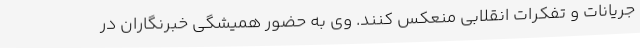
جریانات و تفکرات انقلابی منعکس کنند. وی به حضور همیشگی خبرنگاران در